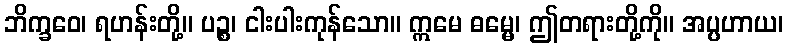
ဘိက္ခဝေ၊ ရဟန်းတို့။ ပဉ္စ၊ ငါးပါးကုန်သော။ ဣမေ ဓမ္မေ၊ ဤတရားတို့ကို။ အပ္ပဟာယ၊